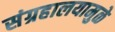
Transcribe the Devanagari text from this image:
संग्रहालयामुळे